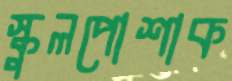
স্কুলপোশাক